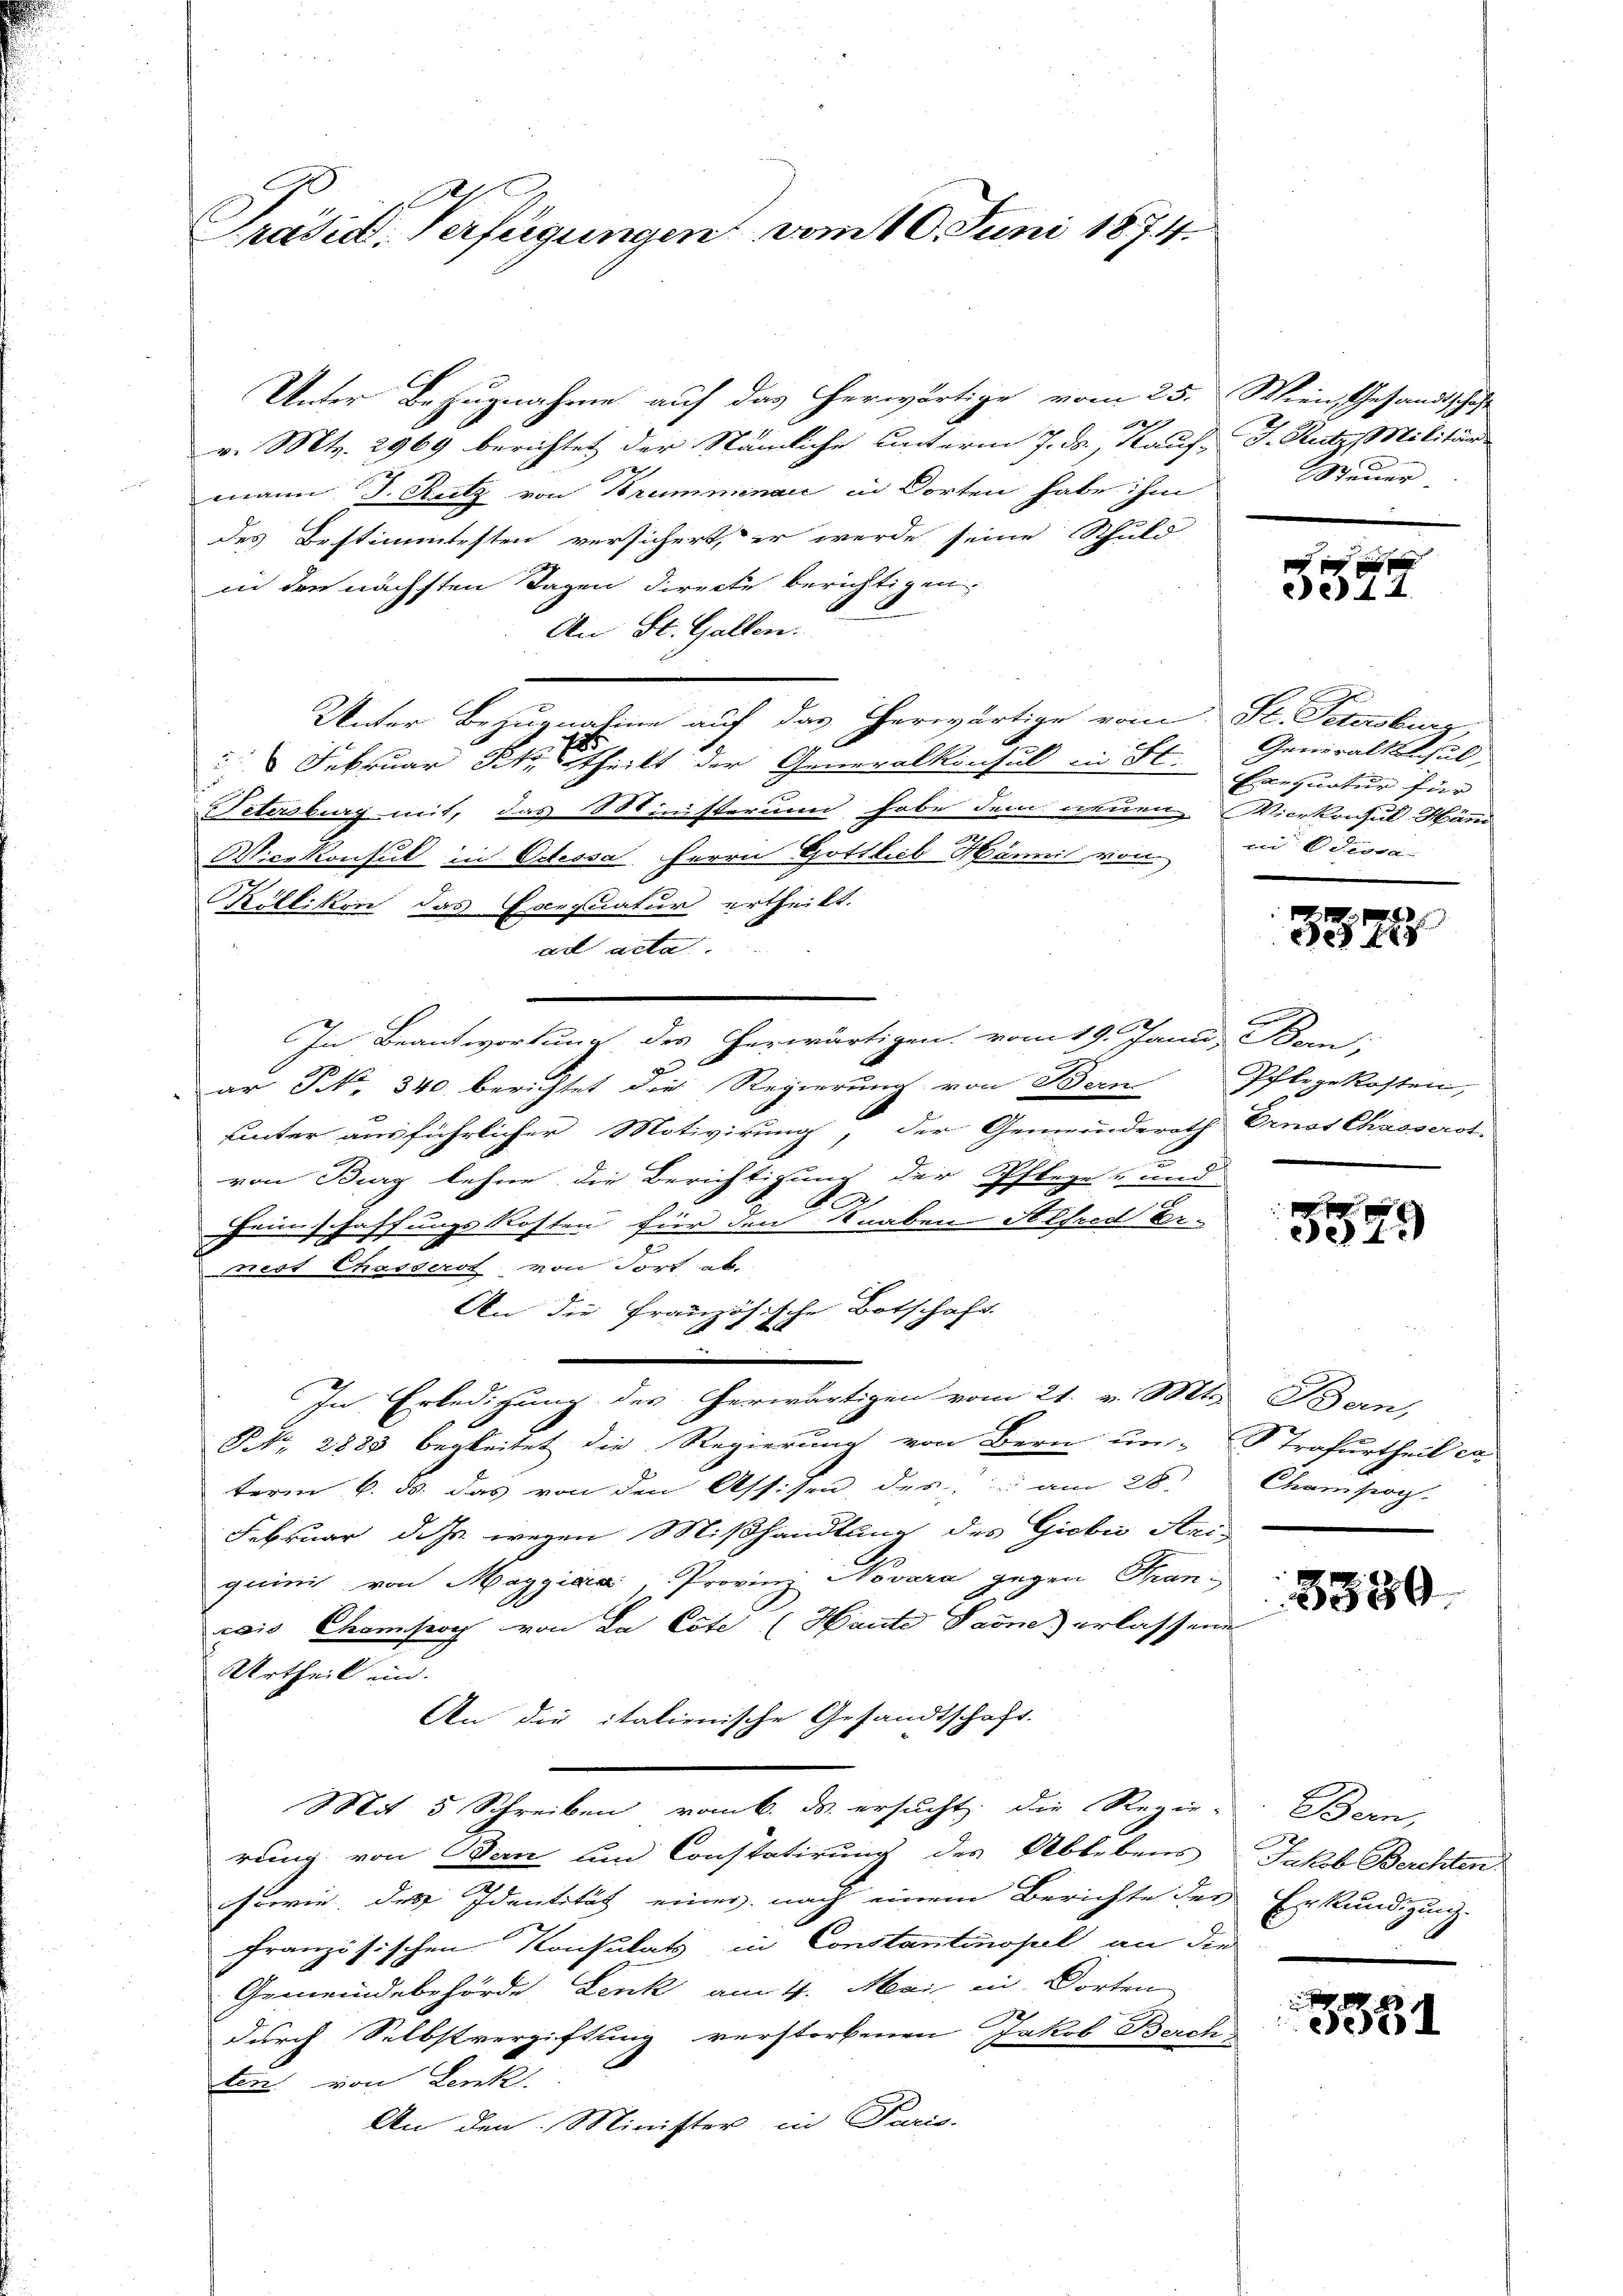
g
Präsid. Verfügungen vom 10. Juni 1874.

Unter Bezugnahme auf das herwärtige vom 25. Wien, Gesandtschaft
v. Mts. 2969 berichtet der Nämliche unterm 7. ds., Kauf. J. Reites Militär
mann J. Rutz von Brummenau in Dorten habe ihm
des Bestimmtesten versichert, er werde seine Schuld
in den nächsten Tagen directe berichtigen,
An St. Gallen.
Unter Bezugnatine auf das Therwärtige vom St. Petersburg,
g
 Februar Sko, theilt der Generalkonsul in St.
Petersburg mit, das Ministerum habe dem neuen Vicekonsul-Händ
Wicekonsul in Odessa, Herrn Gottlieb Hännis von in Odioca-
Millikon das Exequatur ertheilt.
ad acta.
In Beantwortung des herwärtigen vom 19. Jani, Bern;
c
1
ar NNo. 340 berichtet die Regierung von Bern
uinter ausführlicher Motivirung, der Gemeinderath Ernst Chasserst
u
von Burg lehne die Berichtigung der Pflege- und
2
Heimschaffungskosten für den Knaben Alfred Er-
nest Chasserst von Fort ab.
An die Französische Botschaft
2
In Erledigung des herwärtigen vom 21. v. Mts. Bern,
NNo. 2888 begleitet die Regierung von Bern un- Strafurtheil ca
term 6. ds. das von den Assisen, des am 28
Februar dass wegen Mißhandlung des Giobi Kei-
quini, von Maggia, Provinz Novara gegen Kran-
wis Chranseog von La Cöte (Haute Paone) erlassene
Urtheil in
An die italienische Gesandtschaft.
Mit 5 Schreiben vom 6. d. ersucht, die Regie-
rung von Ban und Constatirung des Ablebens Jakob Berchten.
sowie des Identität einer nach einem Berichte des Erkundigung.
französischen Konsulats in Constantinopel an die
Gemeindebehörde Lenk am 4. Mai in Dorten
18
durch Selbstvergiftung verstorbenen Jakob Berch
ten von Lenk.
An den Minister in Paris.

Steuer.

x
e 44.

Generaltschul
Faequatur für

.
f

Pflegekosten,
n

23

Cham sog.

8580

Bern,

351